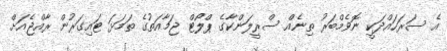
އެ ސަރަހައްދަކީ ނޮވެމްބަރު ތިނެއް ސްރީލަންކާގެ ޕްލޯޓް ޖަމާއަތުގެ ތަމަޅަ ޓައިގަރުން ރާއްޖެއަށް